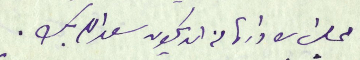
مجلس الادارة من ان يكون سعدالله بك.